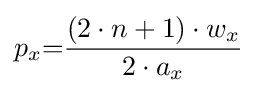
p_{x}{=}{\frac {(2\cdot n+1)\cdot w_{x}}{2\cdot a_{x}}}